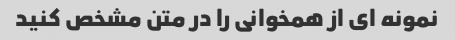
نمونه ای از همخوانی را در متن مشخص کنید